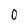
Character: 0